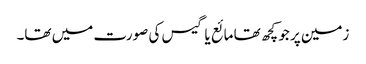
زمین پر جو کچھ تھا مائع یا گیس کی صورت میں تھا۔